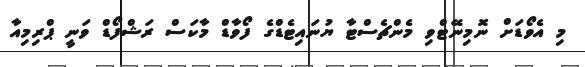
މި އެވޯޑަށް ނޮމިނޭޓްވި މެންޗެސްޓާ ޔުނައިޓެޑްގެ ފޯވާޑް މާކަސް ރަޝްފޯޑް ވަނީ ޕްރިމިއާ